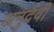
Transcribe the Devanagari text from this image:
अनुदेवी